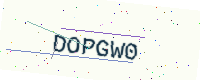
Text: DOPGW0